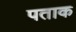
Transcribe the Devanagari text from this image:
पताक